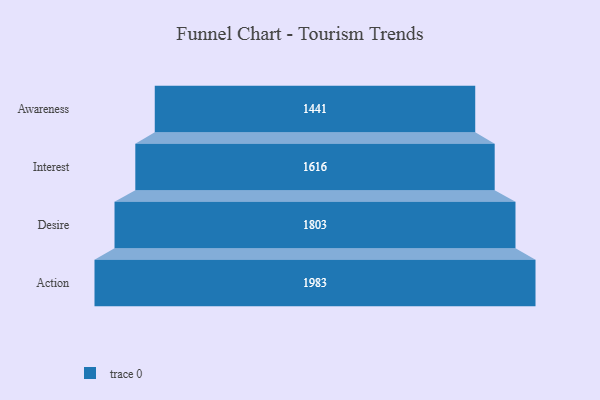
{"axis": {"x": "Stage", "y": "Value"}, "legend": [""], "data": [{"x": "Awareness", "y": 1441.0, "type": ""}, {"x": "Interest", "y": 1616.0, "type": ""}, {"x": "Desire", "y": 1803.0, "type": ""}, {"x": "Action", "y": 1983.0, "type": ""}]}